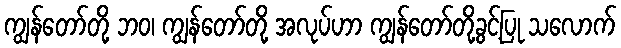
ကျွန်တော်တို့ ဘဝ၊ ကျွန်တော်တို့ အလုပ်ဟာ ကျွန်တော်တို့ခွင့်ပြု သလောက်